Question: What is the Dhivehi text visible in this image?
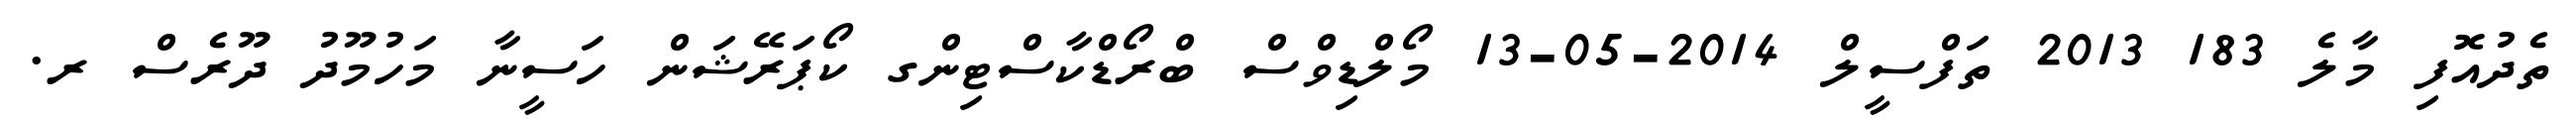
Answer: ތެދުއޮފި މާލެ 183 2013 ތަފްސީލް 2014-05-13 މޯލްޑިވްސް ބްރޯޑްކާސްޓިންގ ކޯޕަރޭޝަން ހަސީނާ މަހުމޫދު ދޫރެސް ރ.